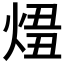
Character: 𤊛